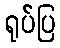
ရုပ်ပြ